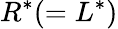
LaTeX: R^{*}(=L^{*})